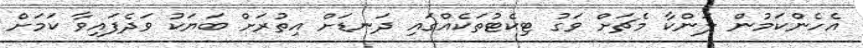
އެހެންކަމުން ލަންކާ މެޗަށް ވަގު ޓިކެޓުތަކެއްގައި ދަނޑަށް އިތުރަށް ބަޔަކު ވަދެފައިވާ ކަމަށް